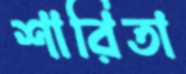
শারিতা